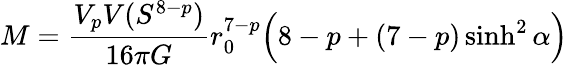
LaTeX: M=\frac{V_{p}V(S^{8-p})}{16\pi G}r_{0}^{7-p}\Big(8-p+(7-p)\sinh^{2}\alpha\Big)